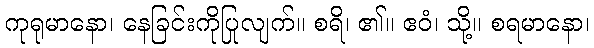
ကုရုမာနော၊ နေခြင်းကိုပြုလျက်။ စရိ၊ ၏။ ဧဝံ၊ သို့။ စရမာနော၊